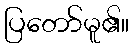
ပြတော်မူ၏။